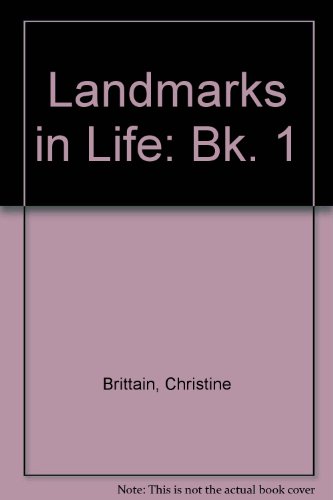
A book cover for Landmarks in Life: Bk. 1; Christine Brittain; Children's Books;